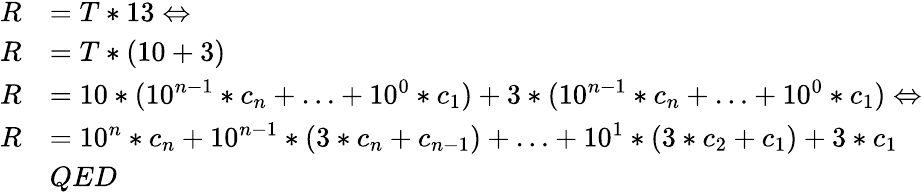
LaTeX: {\begin{array}{rl}{R}&{=T*13\Leftrightarrow}\\ {R}&{=T*(10+3)}\\ {R}&{=10*(10^{n-1}*c_{n}+\ldots+10^{0}*c_{1})+3*(10^{n-1}*c_{n}+\ldots+10^{0}*c_{1})\Leftrightarrow}\\ {R}&{=10^{n}*c_{n}+10^{n-1}*(3*c_{n}+c_{n-1})+\ldots+10^{1}*(3*c_{2}+c_{1})+3*c_{1}}\\ &{QED}\end{array}}